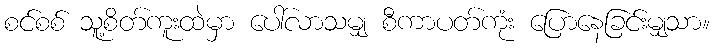
စင်စစ် သူ့စိတ်ကူးထဲမှာ ပေါ်လာသမျှ စီကာပတ်ကုံး ပြောနေခြင်းမျှသာ။